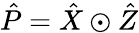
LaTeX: \hat{P}=\hat{X}\odot\hat{Z}